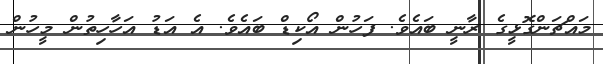
މައްޗަންގޮޅީގެ ރާނީ ބައެވެ. ފަހުން އޯކިޑް ބައެވެ. އެ އަޑު އަހާހިތުން މީހުން